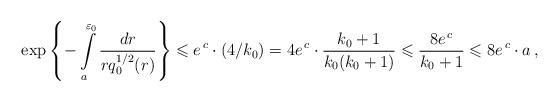
LaTeX: \begin{align*}\exp\left\{-\int\limits_{a}^{\varepsilon_0}\frac{dr}{rq_0^{1/2}(r)}\right\}\leqslant e^{\,c}\cdot(4/k_0)=4e^{\,c}\cdot \frac{k_0+1}{k_0(k_0+1)}\leqslant\frac{8e^{\,c}}{k_0+1}\leqslant 8e^{\,c}\cdot a\,,\end{align*}